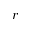
r